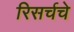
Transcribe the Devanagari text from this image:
रिसर्चचे